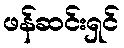
ဖန်ဆင်းရှင်